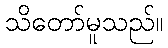
သိတော်မူသည်။